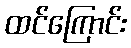
ထင်ကြောင်း